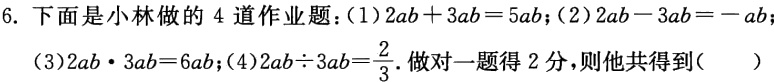
6. 下面是小林做的 4 道作业题：(1)$2ab + 3ab = 5ab$；(2)$2ab - 3ab = -ab$

(3)$2ab\cdot3ab = 6ab$；(4)$2ab\div3ab=\frac{2}{3}$. 做对一题得 2 分，则他共得到(  )